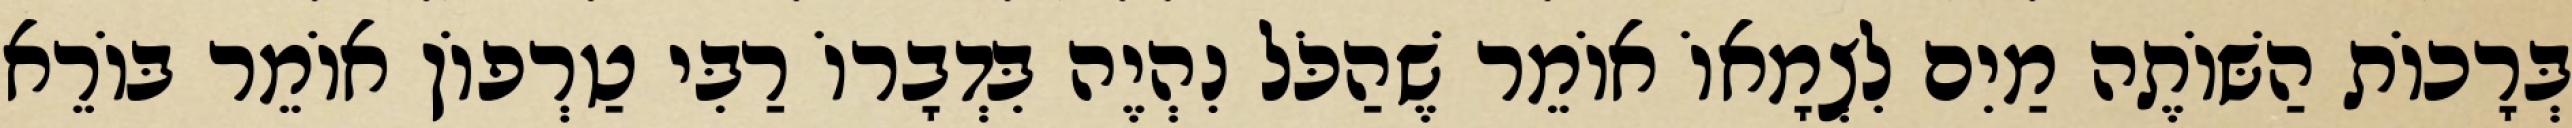
בְּרָכוֹת הַשּׁוֹתֶה מַיִם לִצְמָאוֹ אוֹמֵר שֶׁהַכֹּל נִהְיֶה בִּדְבָרוֹ רַבִּי טַרְפוֹן אוֹמֵר בּוֹרֵא